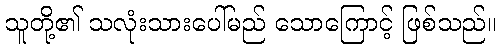
သူတို့၏ သလုံးသားပေါ်မည် သောကြောင့် ဖြစ်သည်။